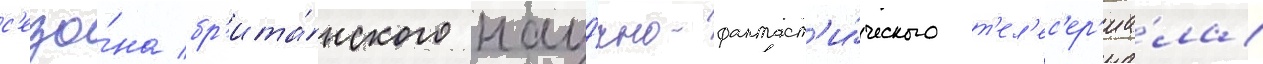
с'езо́на бр'ита́нского нау́чно-фантаст'и́ческого т'ел'ес'ер'иа́ла